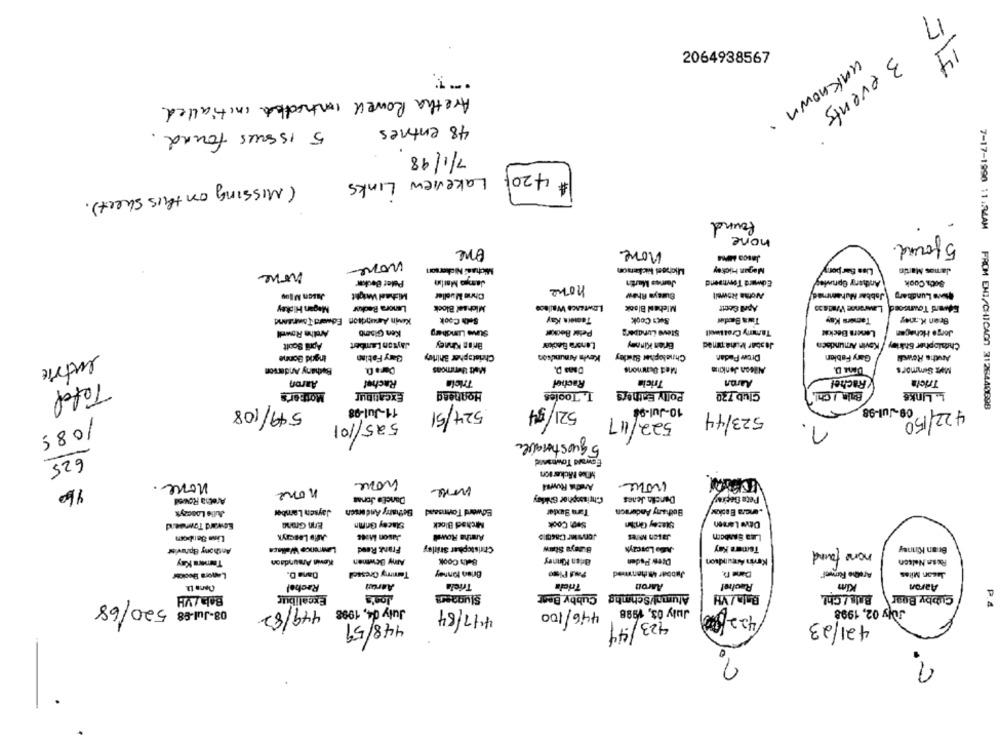
17
14
2064938567
Aretha Rowell Intradthe initialled.
3 events
48 entries
unknown .
5 Issues found
7/1/98
4201
Lakeview Links
( Missing on this sheet) .
found
none
5 found.
one
none
Jasoo MPse
none
Michasi Nickerson
Michael Nickerson
Magun Hickey
Lisa Bar bory
James Martin
none
Paler Becke
James Martin
Edward Townsend
Anthergr Gpruving
Socha Cook
none
Michael Weight
Chris Mueller
Buraya Rhew
Aromae itowell
Jabbar Muhammad,
Pws Lundberg
Lowtence Wallace
Michen Blank
April Geett
Megan Hipkey
Lenora Badkur
Michael Block
Lawrance Walla 30
Edad Townsend
Kevin Amundson Edward Townsend
Seth Cook
Tamera Kay
8«1 Cook
Tamers Kay
Bren K.zwy
Arethe Rowell
Ken Gismo
Steve Lundberg
Peter Becker
Steve Lundberg
Tammy Createell
Lenera Becka
Jorge Hchacen
Brian Kimey
Lenora Becker
Brian Kinany
Jesbar Muhammed
April Scott
dayton Lambert
Kevin Amundsen
Christopher Ghkriey
Ingrid Bonne
Gary Fatima
Christopher Shirley
Kevin Arnundson
Chnelopiher Stedley
Drewr Padan
Gary Fabien
Austhe Rowell
entrie
Bethany Anderson
Malt Uemmons
Dans P.
Met Summons
Alleon Jankoine
Met Summor's
Rachel
Tricia
Aaron
Aaron
Rachel
Tricia
Rachel
Tricia
Total
Mother's
Excalibur
Hogneag
T. Tooles
Polly Esthers
Club 720
Bale I Chi,
L. Linke
549/108
11-Jul-98
10-Jul-98
09-Jul-98
524/51
521/34
523/44
422/ 150
7-17-1990 11:24AM FROM ENI/CHICAGO 3128440698
522/117
1085
525/101
1
5 questoraves
Foward Townsend
625
Milee Nicker son
none
none
none.
none
none
Ancha Ruwe4
160
Danel'a Jonas
Chrissophor Ghiday
Dancila Jenes
Peta Deękan
Aretha Rowell
Julie Lonczyk
Jaysen Lamber
Betharry Andersch
Edward Townsend
Tar Buxter
Bethany Anderson
Edward Townsend
Enn Grana
Stacey Grimn
Michad Block
Se Cook
Dtwe Lamen
Alto Lescryk
Jason Miet
Aretha Rowe
Jonnier Gasto
Jason Mares
LEa Sanbom
Linn Sanbom
Anthony Bpravist
Lawrence Wallace
Frank Reed
Christopher aridley
B.zaya Staw
Kdo Losczys
Tomara Kay
Brian Kinney
Beth Cook
Brian Kinney
Drew Paden
none found
Tamers Kay
Kevin Amundson
Amy Bewmen
Kevin Amundson
Rosa Nelson
Dane D.
Tammy Gressell
Brien tonnay
Jabbar Athenmed
Dane D.
Arethe Fumveel"
Jason Miles
Rachel
Asrudi
Triela
Tricia
Aaron
Rachel
Kim
Aaron
Alumal/Schmhg Cubby Bent
Bela / VH
Excalibur
Jon's
Bata / VH
Bols / Chl.
Cubby Boar
08-Jul-98 520/68
July 04, 1998
July 03, 1998
July 02, 1998
449/82
4/7/84
446/100
4229
P.4
421/23
448/59
423/44